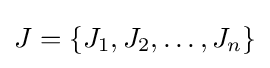
J=\{J_{1},J_{2},\dots ,J_{n}\}